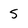
Character: 5